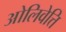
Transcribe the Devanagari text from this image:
ओलिवेत्ति